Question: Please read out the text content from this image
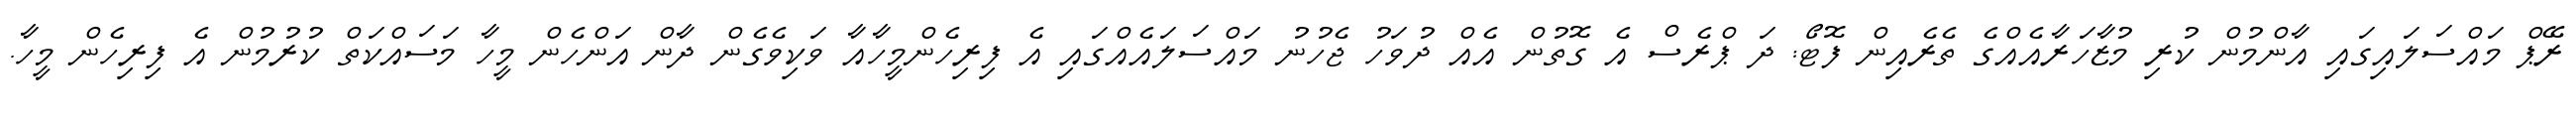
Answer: ރޭޕް މައްސަލައިގައި އާންމުން ކުރި މުޒާހަރާއެއްގެ ތެރެއިން ފޮޓޯ: ދަ ޕްރެސް އެ ގޮތުން އެއް ދުވަހު ޖެހުނު މައްސަލައެއްގައި އެ ފިރިހެންމީހާއާ ވަކިވެގެން ދާން އަންހެން މީހާ މަސައްކަތް ކުރުމުން އެ ފިރިހެން މީހާ.